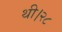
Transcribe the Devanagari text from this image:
थी।२८